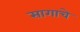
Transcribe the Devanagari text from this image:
सागाचे